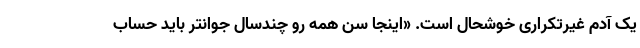
یک آدم غیرتکراری خوشحال است. «اینجا سن همه رو چندسال جوانتر باید حساب